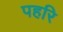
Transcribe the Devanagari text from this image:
पहरि